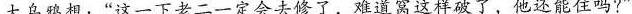
大乌鸦想：“这一下老二一定会去修了，难道窝这样破了，他还能住吗?”